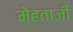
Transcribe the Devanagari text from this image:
मेहताजी